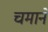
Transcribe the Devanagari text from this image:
चमाने